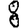
Digit: 8